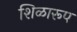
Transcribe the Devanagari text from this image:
शिळारूप